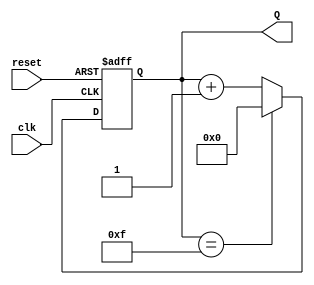
module binary_up_counter #(
    parameter N = 4 // Define the number of bits for the counter
)(
    input wire clk,        // Clock input
    input wire reset,      // Asynchronous reset input
    output reg [N-1:0] Q   // N-bit output count
);

    // Always block sensitive to the clock and reset signals
    always @(posedge clk or posedge reset) begin
        if (reset) begin
            Q <= 0; // Reset the count to 0 when reset is asserted
        end else begin
            if (Q == (1 << N) - 1) begin
                Q <= 0; // Wrap around to 0 if maximum value is reached
            end else begin
                Q <= Q + 1; // Increment the count
            end
        end
    end

endmodule